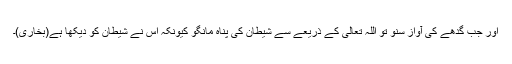
اور جب گدھے کی آواز سنو تو اللہ تعالیٰ کے ذریعے سے شیطان کی پناہ مانگو کیونکہ اس نے شیطان کو دیکھا ہے(بخاری)۔